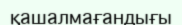
қашалмағандығы